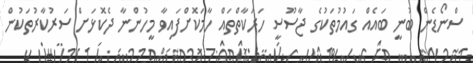
ސްނޯޑެން ބުނީ ބައެއް ގައުމުތަކުގެ ޖާސޫސީ ހަރަކާތްތައް ހާމަކޮށްފައިވާ މީހުންނާ ދެކޮޅަށް ސަރުކާރުތަކުން